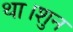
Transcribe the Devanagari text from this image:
था।शुन